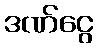
ဒဏ်ငွေ